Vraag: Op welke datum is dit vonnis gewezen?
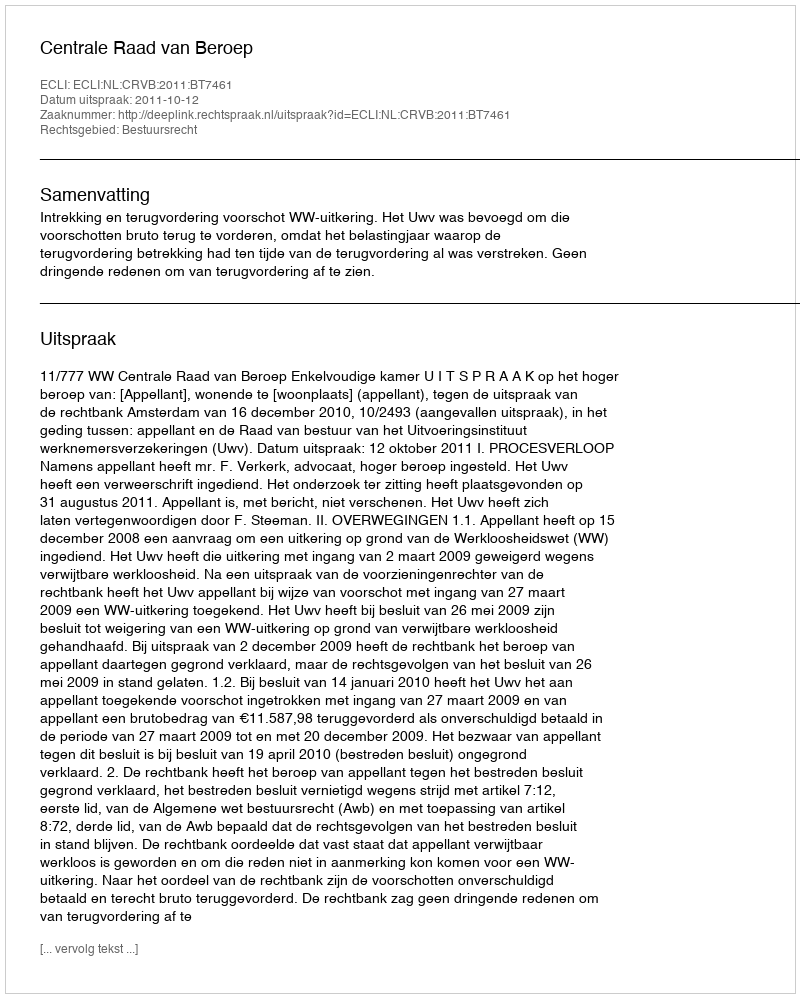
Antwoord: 2011-10-12